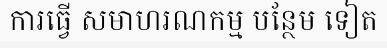
ការធ្វើ សមាហរណកម្ម បន្ថែម ទៀត